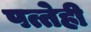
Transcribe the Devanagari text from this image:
पत्तेही